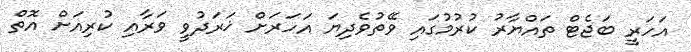
އަހަރީ ބަޖެޓް ތައްޔާރު ކުރުމުގައި ވޭތުވެދިޔަ އަހަރަށް ޚަރަދުވީ ވަރާއި ކުރިއަށް އޮތް